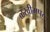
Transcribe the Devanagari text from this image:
ळखीमपुर